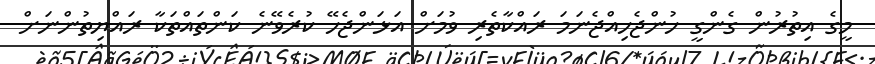
މީގެ އިތުރުން ގެންގީ ހުންޖެހިއްޖެނަމަ ރައްކާތެރި ވުމަށް އަޅަންޖެހޭ ކުރެވޭނެ ކަންތައްތަކާ ރައްޔިތުންނަށް